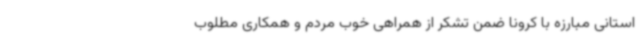
استانی مبارزه با کرونا ضمن تشکر از همراهی خوب مردم و همکاری مطلوب